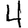
Digit: 4